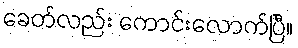
ခေတ်လည်း ကောင်းလောက်ပြီ။